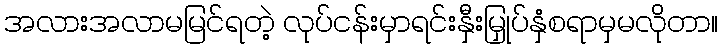
အလားအလာမမြင်ရတဲ့ လုပ်ငန်းမှာရင်းနှီးမြှုပ်နှံစရာမှမလိုတာ။